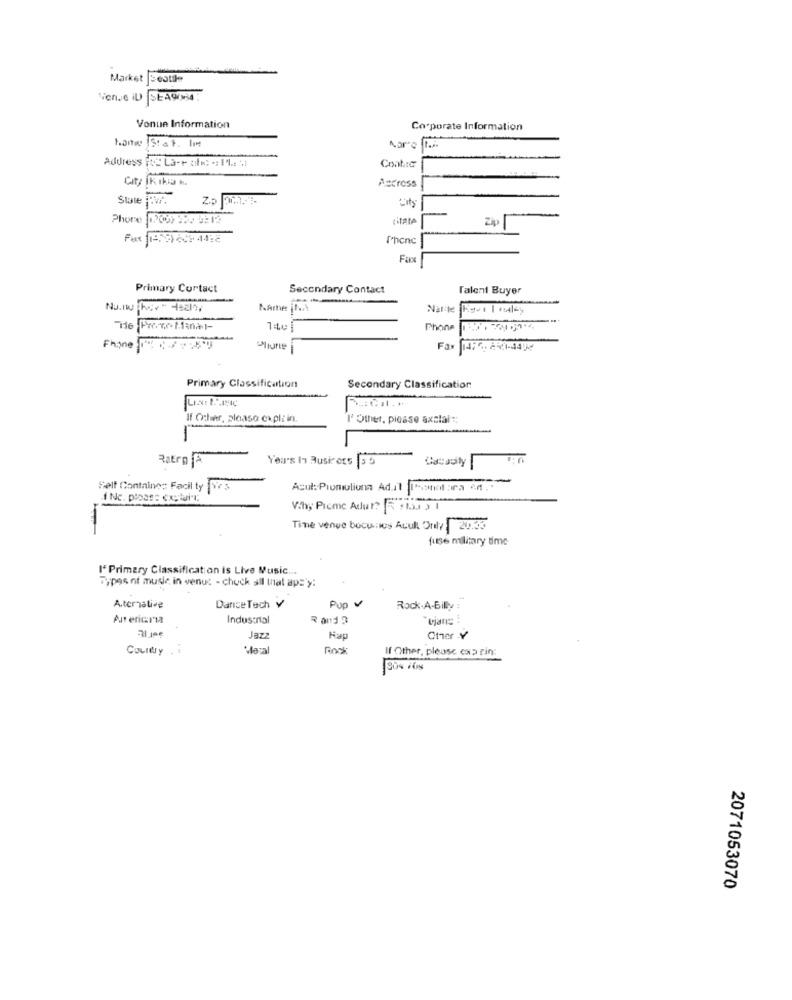
Market
sestile
Tiene il SEA9OM4:
Vonun Information
Co porate Information
Aar'e ti
Address ( L3-+ atw; -; 11 .. .
Contac
City IK 1kis h.
Aacross
State vr.
Phone 112009 39. 9212
citata
Zip
Phone
Primary Cortact
Secondary Contact
Talent Buyer
NAthe jhark
Narte
Phone
Fhone * *-*
Fax 1476241-4434
Primary Classification
Secondary Classification
If Other, please expli in
" Other, please axslal";
-
Ratro A
You's In Busin ors 55
Self Containes Facil ty W$
Acut: Promuliun Ad.it Tortora ed ..
1 Nc. pipas: exylul"l;
Vih, Picme Adut? R stau 3 1
Tine venue bocunos Auull Only 1 20.33
fuse military time
I' Primary Classification is Live Music ...
Types of music in venus - chuck all that aps'y:
Pop v
A.ternalive
Dance Tech Y
Rock-A-Billy
An erics
Industrial
"ojane
Jazz
Cher Y
Country .
Mazal
Rock
If Other, please exp rin:
2071053070